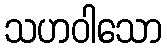
သဟဝါသော